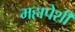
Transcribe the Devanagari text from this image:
महापेशी